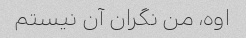
اوه، من نگران آن نیستم